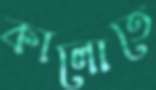
কালোতে